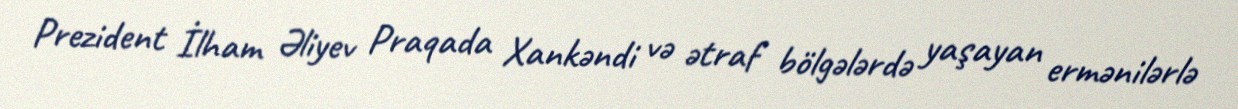
Prezident İlham Əliyev Praqada Xankəndi və ətraf bölgələrdə yaşayan ermənilərlə